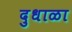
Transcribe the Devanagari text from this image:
दुधाळा